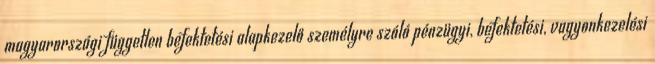
magyarországi független befektetési alapkezelő személyre szóló pénzügyi, befektetési, vagyonkezelési